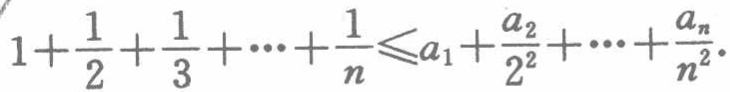
$1+\frac{1}{2}+\frac{1}{3}+\cdots+\frac{1}{n}\leqslant a_{1}+\frac{a_{2}}{2^{2}}+\cdots+\frac{a_{n}}{n^{2}}$